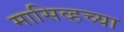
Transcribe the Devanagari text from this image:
मासिव्हच्या